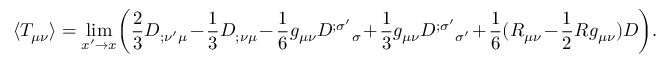
\langle T _ { \mu \nu } \rangle = \operatorname * { l i m } _ { x ^ { \prime } \rightarrow x } \biggl ( { \frac { 2 } { 3 } } D _ { ; \nu ^ { \prime } \mu } - { \frac { 1 } { 3 } } D _ { ; \nu \mu } - { \frac { 1 } { 6 } } g _ { \mu \nu } D ^ { ; \sigma ^ { \prime } } { } _ { \sigma } + { \frac { 1 } { 3 } } g _ { \mu \nu } D ^ { ; \sigma ^ { \prime } } { } _ { \sigma ^ { \prime } } + { \frac { 1 } { 6 } } ( R _ { \mu \nu } - { \frac { 1 } { 2 } } R g _ { \mu \nu } ) D \biggr ) .